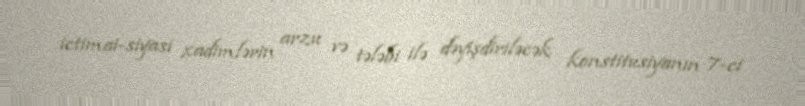
ictimai-siyasi xadimlərin arzu və tələbi ilə dəyişdiriləcək konstitusiyanın 7-ci